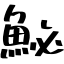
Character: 鮅